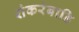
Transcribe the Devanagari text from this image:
शंकरंबाडि